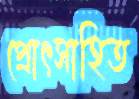
প্রোৎসাহিত